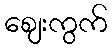
ဈေးကွက်